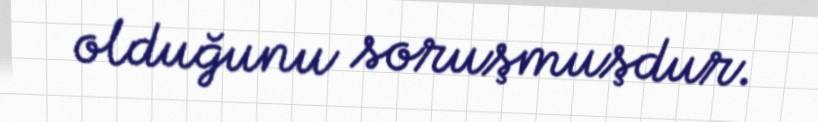
olduğunu soruşmuşdur.